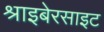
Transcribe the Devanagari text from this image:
श्राइबेरसाइट